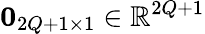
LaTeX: \mathbf{0}_{2Q+1\times 1}\in\mathbb{R}^{2Q+1}